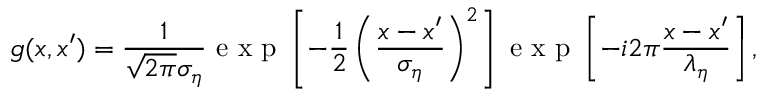
g ( x , x ^ { \prime } ) = \frac { 1 } { \sqrt { 2 \pi } \sigma _ { \eta } } \mathrm { ~ e ~ x ~ p ~ } \left[ - \frac { 1 } { 2 } \left( \frac { x - x ^ { \prime } } { \sigma _ { \eta } } \right) ^ { 2 } \right] \mathrm { ~ e ~ x ~ p ~ } \left[ - i 2 \pi \frac { x - x ^ { \prime } } { \lambda _ { \eta } } \right] ,